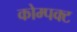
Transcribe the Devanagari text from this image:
कोम्पक्ट